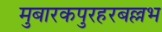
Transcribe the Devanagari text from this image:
मुबारकपुरहरबल्लभ